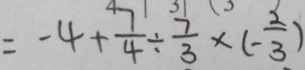
= - 4 + \frac { 7 } { 4 } \div \frac { 7 } { 3 } \times ( - \frac { 2 } { 3 } )